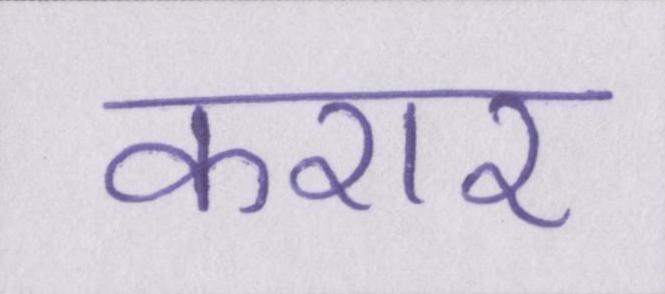
करार